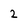
Character: 2